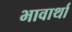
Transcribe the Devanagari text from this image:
भावार्था